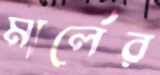
মার্লের